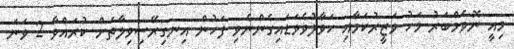
މިއީ ނޮވެމްބަރު މަހު ވަޒީރުކަމާއި ހަވާލުވެވަޑައިގެންނެވި ފަހުން އިނގިރޭސިވިލާތަށް ކުރައްވާ 2 ވަނަ